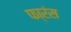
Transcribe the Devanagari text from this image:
फा्रंस